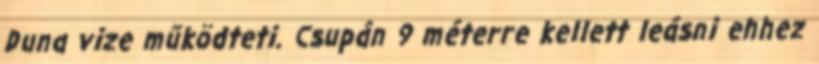
Duna vize működteti. Csupán 9 méterre kellett leásni ehhez